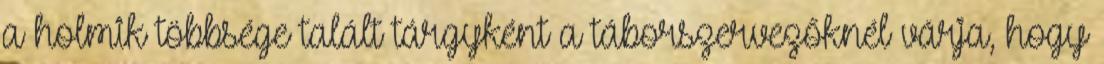
a holmik többsége talált tárgyként a táborszervezőknél várja, hogy